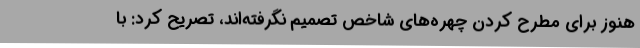
هنوز برای مطرح کردن چهره‌های شاخص تصمیم نگرفته‌اند، تصریح کرد: با